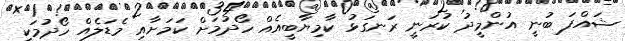
ޝައްފަ ބުނީ އުންމީދު ކުރަނީ ރަނގަޅު ކާމިޔާބީއެއް ހޯދުމަށް ކަމަށާއި މެޑަލެއް ހޯދުމަކީ